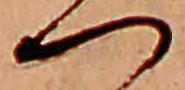
つ